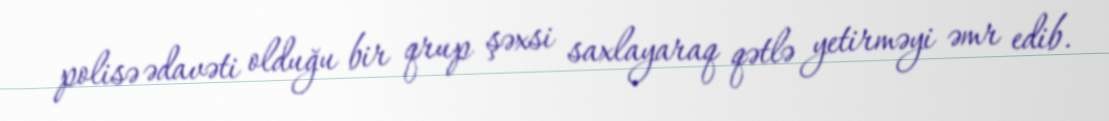
polisə ədavəti olduğu bir qrup şəxsi saxlayaraq qətlə yetirməyi əmr edib.